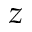
z